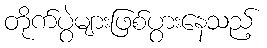
တိုက်ပွဲများဖြစ်ပွားနေသည့်